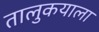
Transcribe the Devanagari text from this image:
तालुकयाला